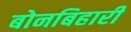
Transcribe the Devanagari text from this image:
बोनबिहारी